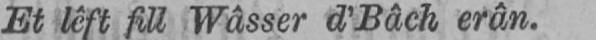
Et lêft fill Wâsser d’Bâch erân.